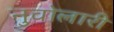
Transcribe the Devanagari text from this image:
नुवोलारी